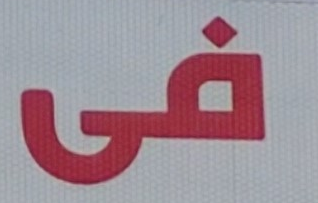
فى